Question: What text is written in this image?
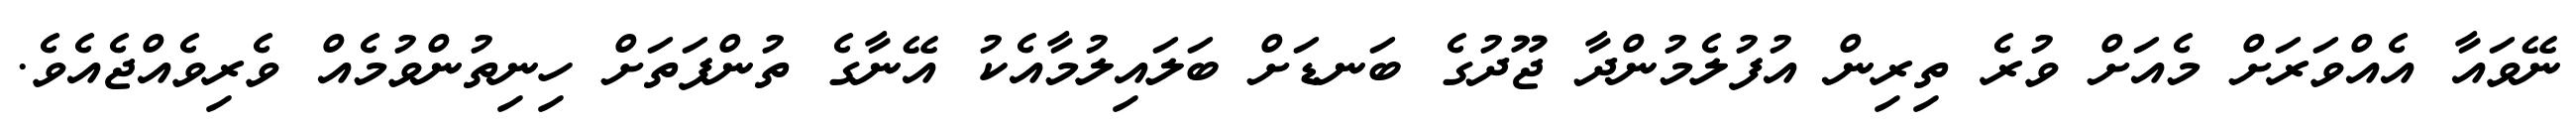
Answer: ނޭވައާ އެއްވަރަށް މެއަށް ވުރެ ތިރިން އުފުލެމުންދާ ޖޫދުގެ ބަނޑަށް ބަލައިލުމާއެކު އޭނާގެ ތުންފަތަށް ހިނިތުންވުމެއް ވެރިވެއްޖެއެވެ.